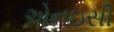
એનઇસી